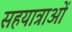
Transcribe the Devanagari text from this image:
सहयात्राओं